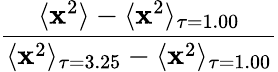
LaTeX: \frac{\langle\textbf{x}^{2}\rangle-\langle\textbf{x}^{2}\rangle_{\tau=1.00}}{\langle\textbf{x}^{2}\rangle_{\tau=3.25}-\langle\textbf{x}^{2}\rangle_{\tau=1.00}}